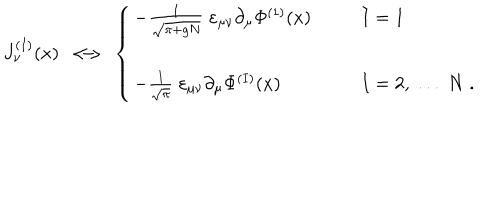
LaTeX: J _ { \nu } ^ { ( I ) } ( x ) \; \longleftrightarrow \; \left\{ \begin{array} { l l } { { - \frac { 1 } { \sqrt { \pi + g N } } \; \varepsilon _ { \mu \nu } \partial _ { \mu } \Phi ^ { ( 1 ) } ( x ) } } & { { I = 1 } } \\ { { \; } } & { { \; } } \\ { { - \frac { 1 } { \sqrt { \pi } } \; \varepsilon _ { \mu \nu } \partial _ { \mu } \Phi ^ { ( I ) } ( x ) } } & { { I = 2 , \; . . . \; N \; . } } \\ \end{array} \right.